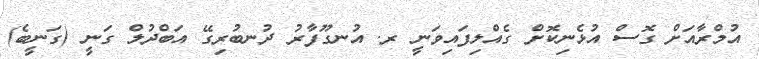
އުމްރާއަށް ގޮސް އުޅެނިކޮށް ގެއްލިފައިވަނީ ރ. އުނގޫފާރު ދުނބުރިގޭ އަބްދުލް ގަނީ (ގަނީބެ)